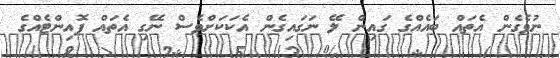
ނުވެގެން އެތައް ބައެއްގެ ގައިން ލޭ ނަގައިގެން އެކަކަށްވެސް ނޭގި އެތައް ޕޮއިންޓެއްގެ